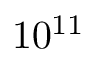
1 0 ^ { 1 1 }